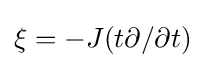
\xi =-J(t\partial /\partial t)